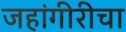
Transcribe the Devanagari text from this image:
जहांगीरीचा